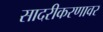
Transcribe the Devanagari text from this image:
सादरीकरणावर